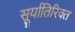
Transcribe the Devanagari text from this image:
सूर्यातिरिक्त